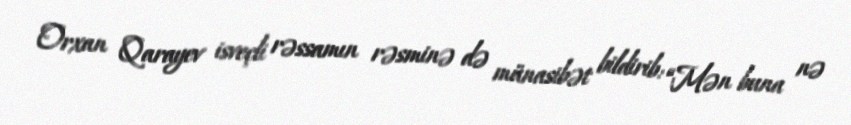
Orxan Qarayev isveçli rəssamın rəsminə də münasibət bildirib: “Mən buna nə